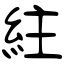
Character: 紸